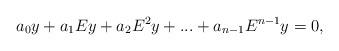
LaTeX: \begin{align*} a_0y + a_1E y + a_2E^2y +...+a_{n-1}E^{n-1}y =0, \end{align*}